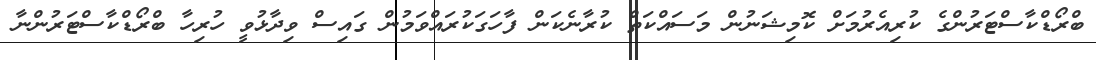
ބްރޯޑްކާސްޓަރުންގެ ކުރިއެރުމަށް ކޮމިޝަނުން މަސައްކަތް ކުރާނެކަން ފާހަގަކުރައްވަމުން ގައިސް ވިދާޅުވީ ހުރިހާ ބްރޯޑްކާސްޓަރުންނާ